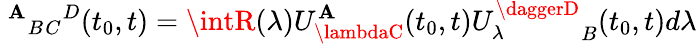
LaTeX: \ {^\mathbf{A}}{_B}{_C}{^D}(t_{0},t)=\intR(\lambda)U_{\lambdaC}^{\mathbf{A}}(t_{0},t){U_{\lambda}^{\daggerD}}_{B}(t_{0},t)d\lambda